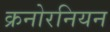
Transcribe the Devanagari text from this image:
क्रनोरनियन